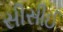
સીસીઈ